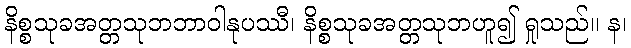
နိစ္စသုခအတ္တသုဘဘာဝါနုပဿီ၊ နိစ္စသုခအတ္တသုဘဟူ၍ ရှုသည်။ န၊